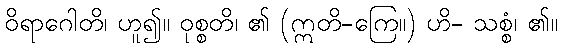
ဝိရာဂေါတိ၊ ဟူ၍။ ဝုစ္စတိ၊ ၏ (ဣတိ-ကြေ။) ဟိ- သစ္စံ၊ ၏။